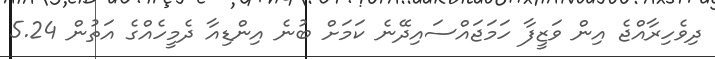
ދިވެހިރާއްޖެ އިން ވަޒީފާ ހަމަޖައްސައިދޭނެ ކަމަށް ބުނެ އިންޑިއާ ދެމީހެއްގެ އަތުން 5.24